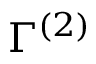
\Gamma ^ { ( 2 ) }